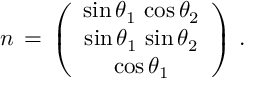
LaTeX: n \, = \, \left( \begin{array} { c } { { \sin \theta _ { 1 } \, \cos \theta _ { 2 } } } \\ { { \sin \theta _ { 1 } \, \sin \theta _ { 2 } } } \\ { { \cos \theta _ { 1 } } } \end{array} \right) \, .